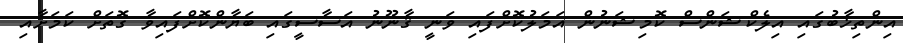
އިންތިޚާބުގައި އިލެކްޝަންސް ކޮމިޝަނުން އަމަލުކޮށްފައި ވަނީ ޤާނޫނު އަސާސީގައި ބަޔާންކޮށްފައިވާ ގޮތަށް ކަމަށާއި